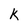
Character: k